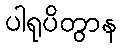
ပါရုပိတွာန